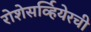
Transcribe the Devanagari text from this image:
रोशेसर्व्हियेरची